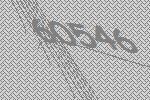
60546